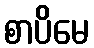
စာပိမေ